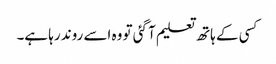
کسی کے ہاتھ تعلیم آ گئی تو وہ اسے روند رہا ہے۔